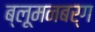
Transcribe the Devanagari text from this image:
ब्लूमनबर्ग